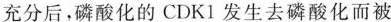
充分后，磷酸化的CDKI发生去磷酸化而被